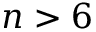
n > 6